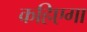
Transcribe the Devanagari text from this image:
कहिएगा